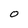
Character: O